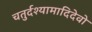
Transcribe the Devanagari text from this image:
चतुर्दश्यामादिदेवो